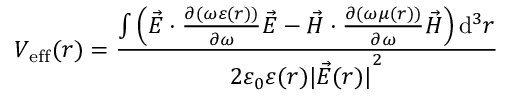
V _ { \mathrm { e f f } } ( \boldsymbol { r } ) = \frac { \int \left( \vec { E } \cdot \frac { \partial ( \omega \varepsilon ( \boldsymbol { r } ) ) } { \partial \omega } \vec { E } - \vec { H } \cdot \frac { \partial ( \omega \mu ( \boldsymbol { r } ) ) } { \partial \omega } \vec { H } \right) \mathrm { d } ^ { 3 } \boldsymbol { r } } { 2 \varepsilon _ { 0 } \varepsilon ( \boldsymbol { r } ) { \lvert \vec { E } ( \boldsymbol { r } ) \rvert } ^ { 2 } }